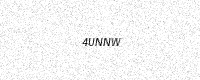
Text: 4UNNW